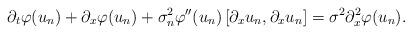
LaTeX: \begin{align*}\partial_t\varphi(u_n)+\partial_x\varphi(u_n)+\sigma_n^2\varphi''(u_n)\left[\partial_x u_n,\partial_x u_n\right]=\sigma^2\partial^2_x\varphi(u_n).\end{align*}